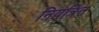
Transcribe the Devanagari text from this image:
नियत्रिंत